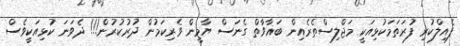
ފެއިލްކުރި ފުރަތަމަކުޅިއަކީ މަޖްލިސްތެރެއިން ބަޣާވާތް ގެނަސް ޔާމީން ވެރިކަމުން ދުރުކުރުން!!! ދެވަނަ ކުޅިއަކީވެސް